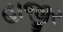
હાજીર